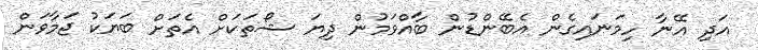
އަދި އޭނާ ހިމަނައިގެން އެބޭންޑުން ބާއްވަމުން ދިޔަ ޝޯތަކަށް އެތަށް ބަޔަކު ޖަމާވަން